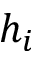
h _ { i }